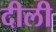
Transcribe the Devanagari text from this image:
दीली